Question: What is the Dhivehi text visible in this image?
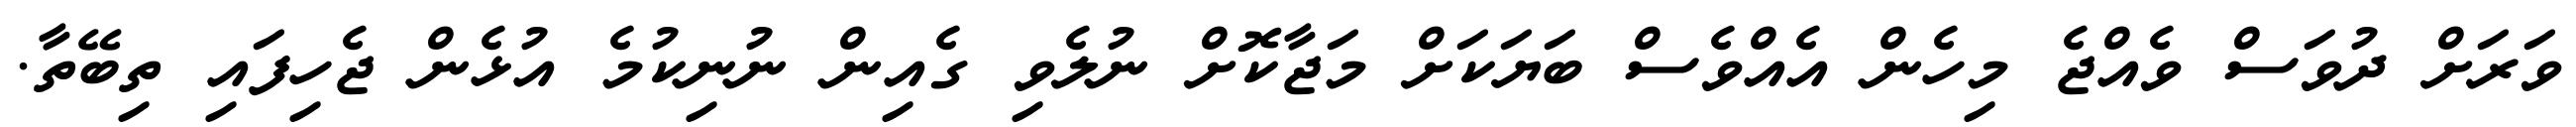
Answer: ވަރަށް ދުވަސް ވެއްޖެ މިހެން އެއްވެސް ބަޔަކަށް މަޖާކޮށް ނުލެވި ގެއިން ނުނިކުމެ އުޅެން ޖެހިފައި ތިބޭތާ.